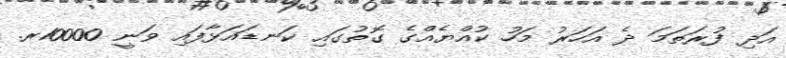
އަދި ފުރަތަމަ ދެ އަހަރު މަހު ކުއްޔެއްގެ ގޮތުގައި ކަނޑައަޅާފައި ވަނީ 10000ރ.